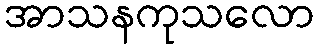
အာသနကုသလော